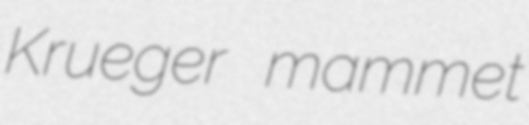
Krueger mammet